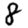
Digit: 8